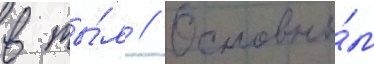
в ты́л // Основны́м